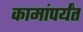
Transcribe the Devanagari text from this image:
कामांपर्यंत